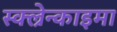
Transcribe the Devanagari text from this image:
स्क्ल्रेन्काइमा